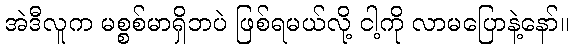
အဲဒီလူက မစ္စစ်မာရှိဘပဲ ဖြစ်ရမယ်လို့ ငါ့ကို လာမပြောနဲ့နော်။